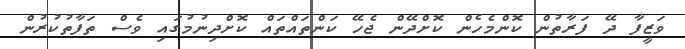
ވަޒީފާ ދޭ ފަރާތުން ކޮންމެހެން ކޮށްދޭން ޖެހޭ ކަންތައްތައް ކޮށްދިނުމުގައި ވެސް ތަފާތުކުރުން